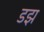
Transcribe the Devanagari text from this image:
डझ